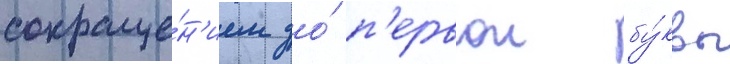
сокраще́н'ием до́ п'ервои бу́квы